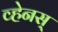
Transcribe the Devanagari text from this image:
व्हेनस्